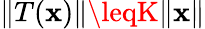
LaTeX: \| T(\mathbf{x})\| \leqK\| \mathbf{x}\|